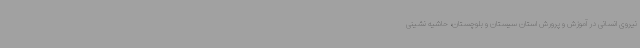
نیروی انسانی در آموزش و پرورش استان سیستان و بلوچستان، حاشیه نشینی